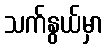
သက်နွယ်မှာ